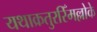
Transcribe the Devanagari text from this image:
यथाक्रतुरस्मिँल्लोके